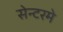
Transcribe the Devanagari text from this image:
सेन्टरमे